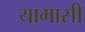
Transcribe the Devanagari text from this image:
यामासी